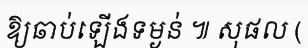
ឱ្យឆាប់ឡើងទម្ងន់ ៕ សុផល (